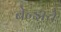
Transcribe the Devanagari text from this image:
बेन्झचे